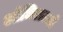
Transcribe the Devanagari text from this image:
ओधिराज्जो